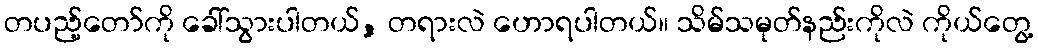
တပည့်တော်ကို ခေါ်သွားပါတယ်, တရားလဲ ဟောရပါတယ်။ သိမ်သမုတ်နည်းကိုလဲ ကိုယ်တွေ့